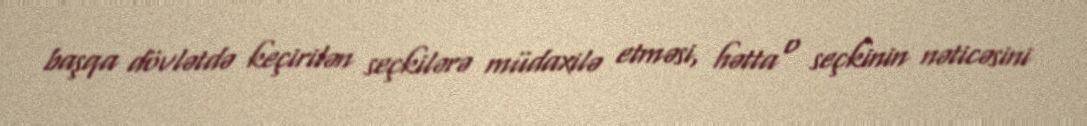
başqa dövlətdə keçirilən seçkilərə müdaxilə etməsi, hətta o seçkinin nəticəsini